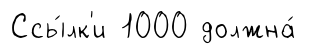
Ссы́лк'и 1000 должна́